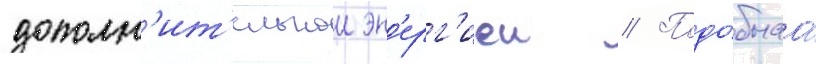
дополн'ит'ельнои эн'ерг'иеи // Подо́бнаа